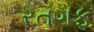
રતગફ